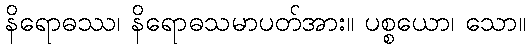
နိရောဓဿ၊ နိရောဓသမာပတ်အား။ ပစ္စယော၊ သော။